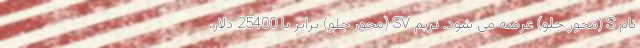
نام S (محور جلو) عرضه می شود. تریم SV (محور جلو) برابر با 25400 دلار،